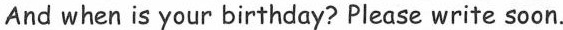
And when is your birthday? Please write soon.